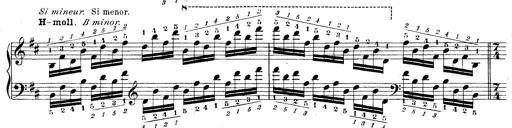
Title: Technische Studien
Composer: Franz Liszt